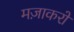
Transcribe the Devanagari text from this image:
मज़ाकरों